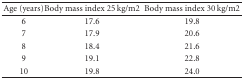
<table><thead><tr><td><b>Age (years)</b></td><td><b>Body mass index 25 kg/m2</b></td><td><b>Body mass index 30 kg/m2</b></td></tr></thead><tbody><tr><td>6</td><td>17.6</td><td>19.8</td></tr><tr><td>7</td><td>17.9</td><td>20.6</td></tr><tr><td>8</td><td>18.4</td><td>21.6</td></tr><tr><td>9</td><td>19.1</td><td>22.8</td></tr><tr><td>10</td><td>19.8</td><td>24.0</td></tr></tbody></table>